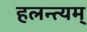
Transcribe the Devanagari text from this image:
हलन्त्यम्